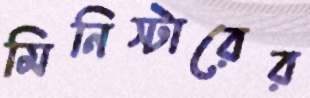
মিনিস্টারের